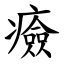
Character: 㿌